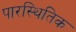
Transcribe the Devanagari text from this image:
पारस्थितिक